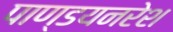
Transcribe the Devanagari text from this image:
पाण्डयनरेश